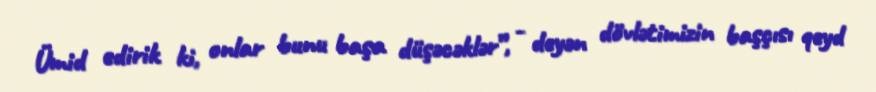
Ümid edirik ki, onlar bunu başa düşəcəklər”, - deyən dövlətimizin başçısı qeyd